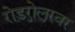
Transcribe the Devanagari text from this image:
रोडरोलरवर